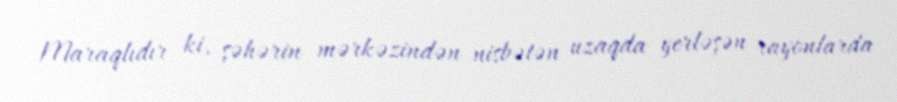
Maraqlıdır ki, şəhərin mərkəzindən nisbətən uzaqda yerləşən rayonlarda